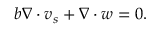
b \nabla \cdot \boldsymbol { v } _ { s } + \nabla \cdot \boldsymbol { w } = 0 .